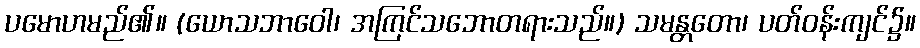
ပမောဟမည်၏။ (ယောသဘာဝေါ၊ အကြင်သဘောတရားသည်။) သမန္တတော၊ ပတ်ဝန်းကျင်၌။